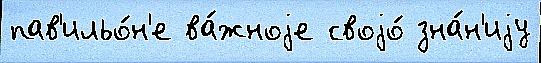
пав'ильо́н'е ва́жноjе своjо́ зна́н'иjу